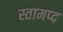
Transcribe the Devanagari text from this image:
स्तामप्द